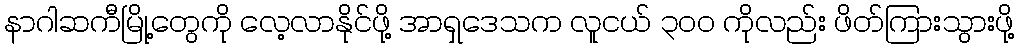
နာဂါဆကီမြို့တွေကို လေ့လာနိုင်ဖို့ အာရှဒေသက လူငယ် ၃၀၀ ကိုလည်း ဖိတ်ကြားသွားဖို့